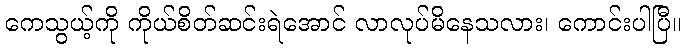
ကေသွယ့်ကို ကိုယ်စိတ်ဆင်းရဲအောင် လာလုပ်မိနေသလား၊ ကောင်းပါပြီ။